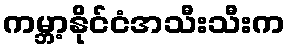
ကမ္ဘာ့နိုင်ငံအသီးသီးက